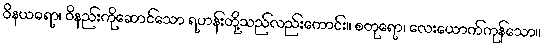
ဝိနယဓရာ၊ ဝိနည်းကိုဆောင်သော ရဟန်းတို့သည်လည်းကောင်း။ စတုရော၊ လေးယောက်ကုန်သော။